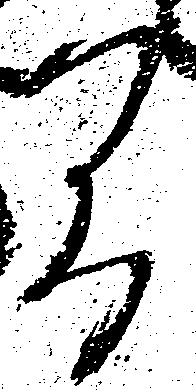
間